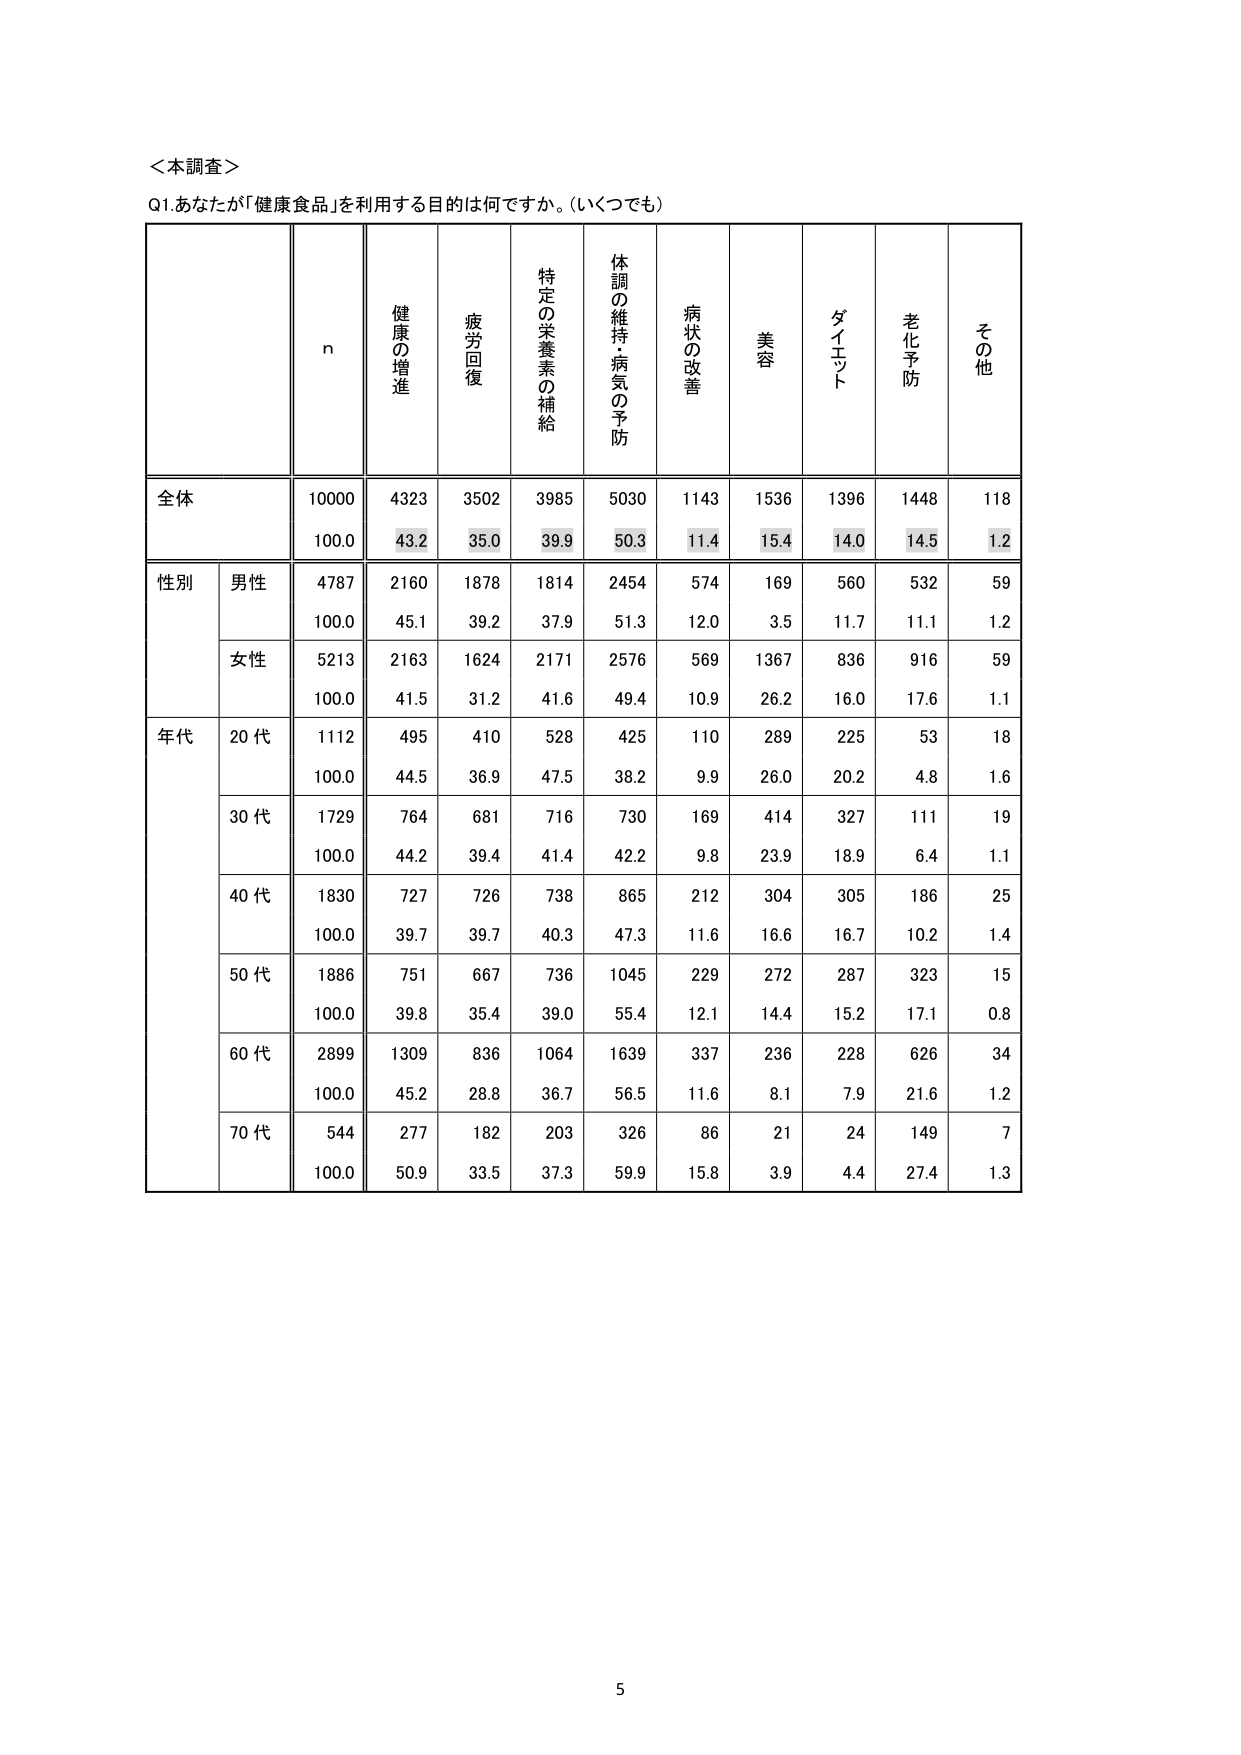
＜本調査＞
Q1.あなたが「健康食品」を利用する目的は何ですか。（いくつでも）

n
健康の増進
疲労回復
特定の栄養素の補給
体調の維持・病気の予防
病状の改善
美容
ダイエット
老化予防
その他

全体
10000
4323
3502
3985
5030
1143
1536
1396
1448
118
100.0
43.2
35.0
39.9
50.3
11.4
15.4
14.0
14.5
1.2

性別
男性
4787
2160
1878
1814
2454
574
169
560
532
59
100.0
45.1
39.2
37.9
51.3
12.0
3.5
11.7
11.1
1.2
女性
5213
2163
1624
2171
2576
569
1367
836
916
59
100.0
41.5
31.2
41.6
49.4
10.9
26.2
16.0
17.6
1.1

年代
20代
1112
495
410
528
425
110
289
225
53
18
100.0
44.5
36.9
47.5
38.2
9.9
26.0
20.2
4.8
1.6
30代
1729
764
681
716
730
169
414
327
111
19
100.0
44.2
39.4
41.4
42.2
9.8
23.9
18.9
6.4
1.1
40代
1830
727
726
738
865
212
304
305
186
25
100.0
39.7
39.7
40.3
47.3
11.6
16.6
16.7
10.2
1.4
50代
1886
751
667
736
1045
229
272
287
323
15
100.0
39.8
35.4
39.0
55.4
12.1
14.4
15.2
17.1
0.8
60代
2899
1309
836
1064
1639
337
236
228
626
34
100.0
45.2
28.8
36.7
56.5
11.6
8.1
7.9
21.6
1.2
70代
544
277
182
203
326
86
21
24
149
7
100.0
50.9
33.5
37.3
59.9
15.8
3.9
4.4
27.4
1.3

5